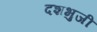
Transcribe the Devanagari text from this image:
दशभुजी